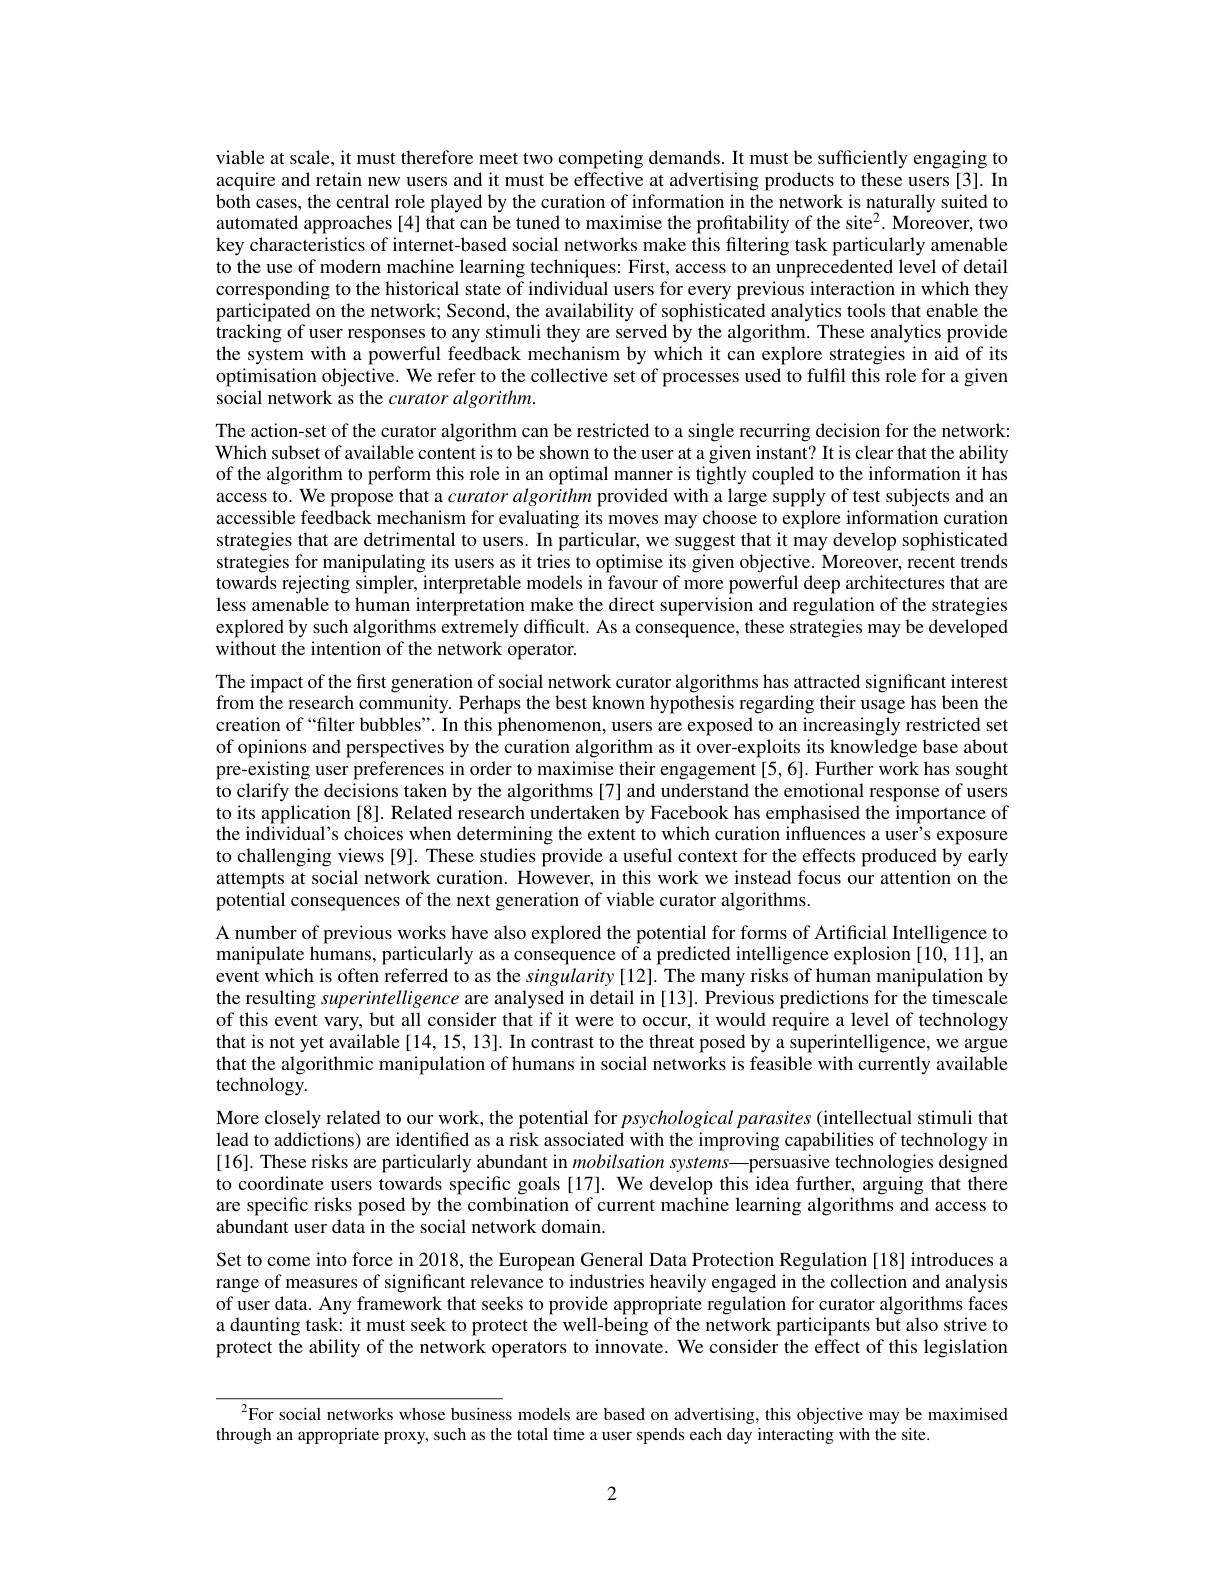
viable at scale, it must therefore meet two competing demands. It must be sufficiently engaging to acquire and retain new users and it must be effective at advertising products to these users[3]. In both cases, the central role played by the curation of information in the network is naturally suited to automated approaches [4] that can be tuned to maximise the profitability of the site$^2.$ Moreover, two key characteristics of internet-based social networks make this filtering task particularly amenable to the use of modern machine learning techniques: First, access to an unprecedented level of detail corresponding to the historical state of individual users for every previous interaction in which they participated on the network; Second, the availability of sophisticated analytics tools that enable the $\hat{\text{tracking of user responses to any stimuli they are served by the algorithm. These analytics provide}}$ the system with a powerful feedback mechanism by which it can explore strategies in aid of its optimisation objective. We refer to the collective set of processes used to fulfil this role for a given social network as the curator algorithm.
The action-set of the curator algorithm can be restricted to a single recurring decision for the network: Which subset of available content is to be shown to the user at a given instant? It is clear that the ability of the algorithm to perform this role in an optimal manner is tightly coupled to the information it has access to. We propose that a curatoralgorithm provided with a large supply of test subjects and an accessible feedback mechanism for evaluating its moves may choose to explore information curation strategies that are detrimental to users. In particular, we suggest that it may develop sophisticated strategies for manipulating its users as it tries to optimise its given objective. Moreover, recent trends towards rejecting simpler, interpretable models in favour of more powerful deep architectures that are less amenable to human interpretation make the direct supervision and regulation of the strategies explored by such algorithms extremely difficult. As a consequence, these strategies may be developed without the intention of the network operator.
The impact of the first generation of social network curator algorithms has attracted significant interest from the research community. Perhaps the best known hypothesis regarding their usage has been the creation of“filter bubbles”. In this phenomenon, users are exposed to an increasingly restricted set of opinions and perspectives by the curation algorithm as it over-exploits its knowledge base about pre-existing user preferences in order to maximise their engagement [5,6]. Further work has sought to clarify the decisions taken by the algorithms [7] and understand the emotional response of users to its application [8]. Related research undertaken by Facebook has emphasised the importance of the individual's choices when determining the extent to which curation influences a user's exposure to challenging views [9]. These studies provide a useful context for the effects produced by early attempts at social network curation. However, in this work we instead focus our attention on the potential consequences of the next generation of viable curator algorithms.
A number of previous works have also explored the potential for forms of Artificial Intelligence to manipulate humans, particularly as a consequence of a predicted intelligence explosion [10, 11], an event which is often referred to as the singularity [12]. The many risks of human manipulation by the resulting superintelligence are analysed in detail in [13]. Previous predictions for the timescale of this event vary, but all consider that if it were to occur, it would require a level of technology that is not yet available [14, 15, 13]. In contrast to the threat posed by a superintelligence, we argue that the algorithmic manipulation of humans in social networks is feasible with currently available technology.
More closely related to our work, the potential for psychological parasites (intellectual stimuli that lead to addictions) are identified as a risk associated with the improving capabilities of technology in [16]. These risks are particularly abundant in mobilsation systems—persuasive technologies designed to coordinate users towards specific goals [17]. We develop this idea further, arguing that there are specific risks posed by the combination of current machine learning algorithms and access to abundant user data in the social network domain.
Set to come into force in 2018, the European General Data Protection Regulation [18] introduces a range of measures of significant relevance to industries heavily engaged in the collection and analysis of user data. Any framework that seeks to provide appropriate regulation for curator algorithms faces a daunting task: it must seek to protect the well-being of the network participants but also strive to protect the ability of the network operators to innovate. We consider the effect of this legislation

$^{2}$For social networks whose business models are based on advertising, this objective may be maximised

through an appropriate proxy, such as the total time a user spends each day interacting with the site.

2